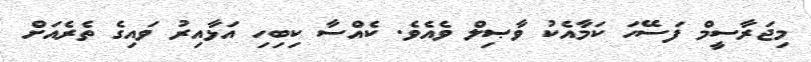
މިޖަރާސީމް ފަސޭހަ ކަމާއެކު ވާޞިލް ވެއެވެ. ކެއްސާ ކިބިހި އަޅާއިރު ވައިގެ ތެރެއަށް